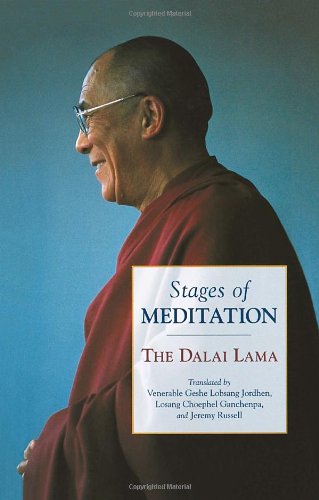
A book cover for Stages of Meditation; Dalai Lama; Religion & Spirituality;